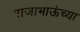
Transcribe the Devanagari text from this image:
राजाभाऊंच्या